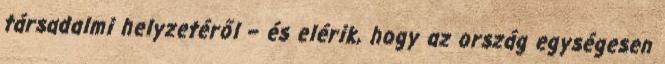
társadalmi helyzetéről – és elérik, hogy az ország egységesen